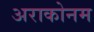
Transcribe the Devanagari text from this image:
अराकोनम